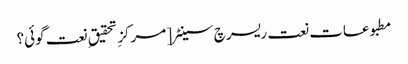
مطبوعات نعت ریسرچ سینٹر [ مرکزِ تحقیق ِ نعت گوئی؟